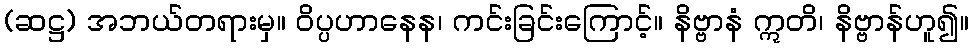
(ဆဋ္ဌ) အဘယ်တရားမှ။ ဝိပ္ပဟာနေန၊ ကင်းခြင်းကြောင့်။ နိဗ္ဗာနံ ဣတိ၊ နိဗ္ဗာန်ဟူ၍။